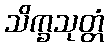
သိက္ခသုတ္တံ